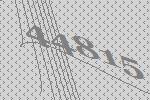
44815